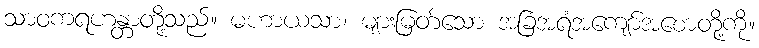
သာဝကရဟန္တာတို့သည်။ မဟာယသာ၊ များမြတ်သော အခြံအရံအကျော်အစောတို့ကို။